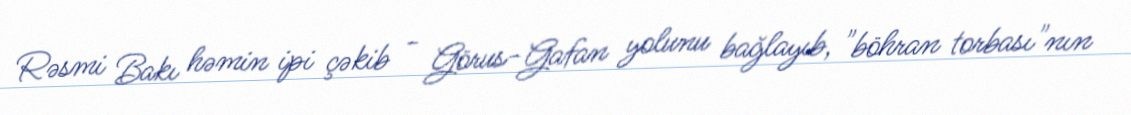
Rəsmi Bakı həmin ipi çəkib - Görus-Gafan yolunu bağlayıb, "böhran torbası"nın